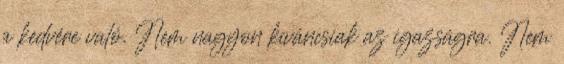
a kedvére való. Nem nagyon kíváncsiak az igazságra. Nem